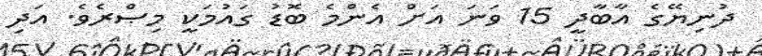
ދުނިޔޭގެ އާބާދީ 15 ވަނަ އަށް އެންމެ ބޮޑު ގައުމަކީ މިޞްރެވެ. އަދި